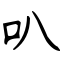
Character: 叭